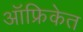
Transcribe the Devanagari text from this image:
ऑफ्रिकेत